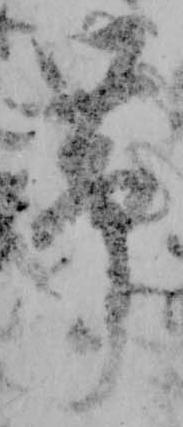
帯